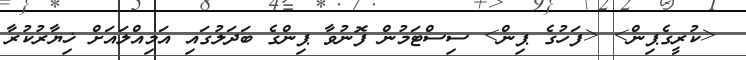
<ކުރީގެޕިން> <ފަހުގެ ޕިން> ސިސްޓަމުން ފޮނުވާ ޕިންގެ ބަދަލުގައި އަމިއްލައަށް ޚިޔާރުކުރާ